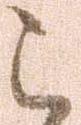
被